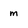
Character: m